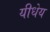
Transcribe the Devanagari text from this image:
यीधेय